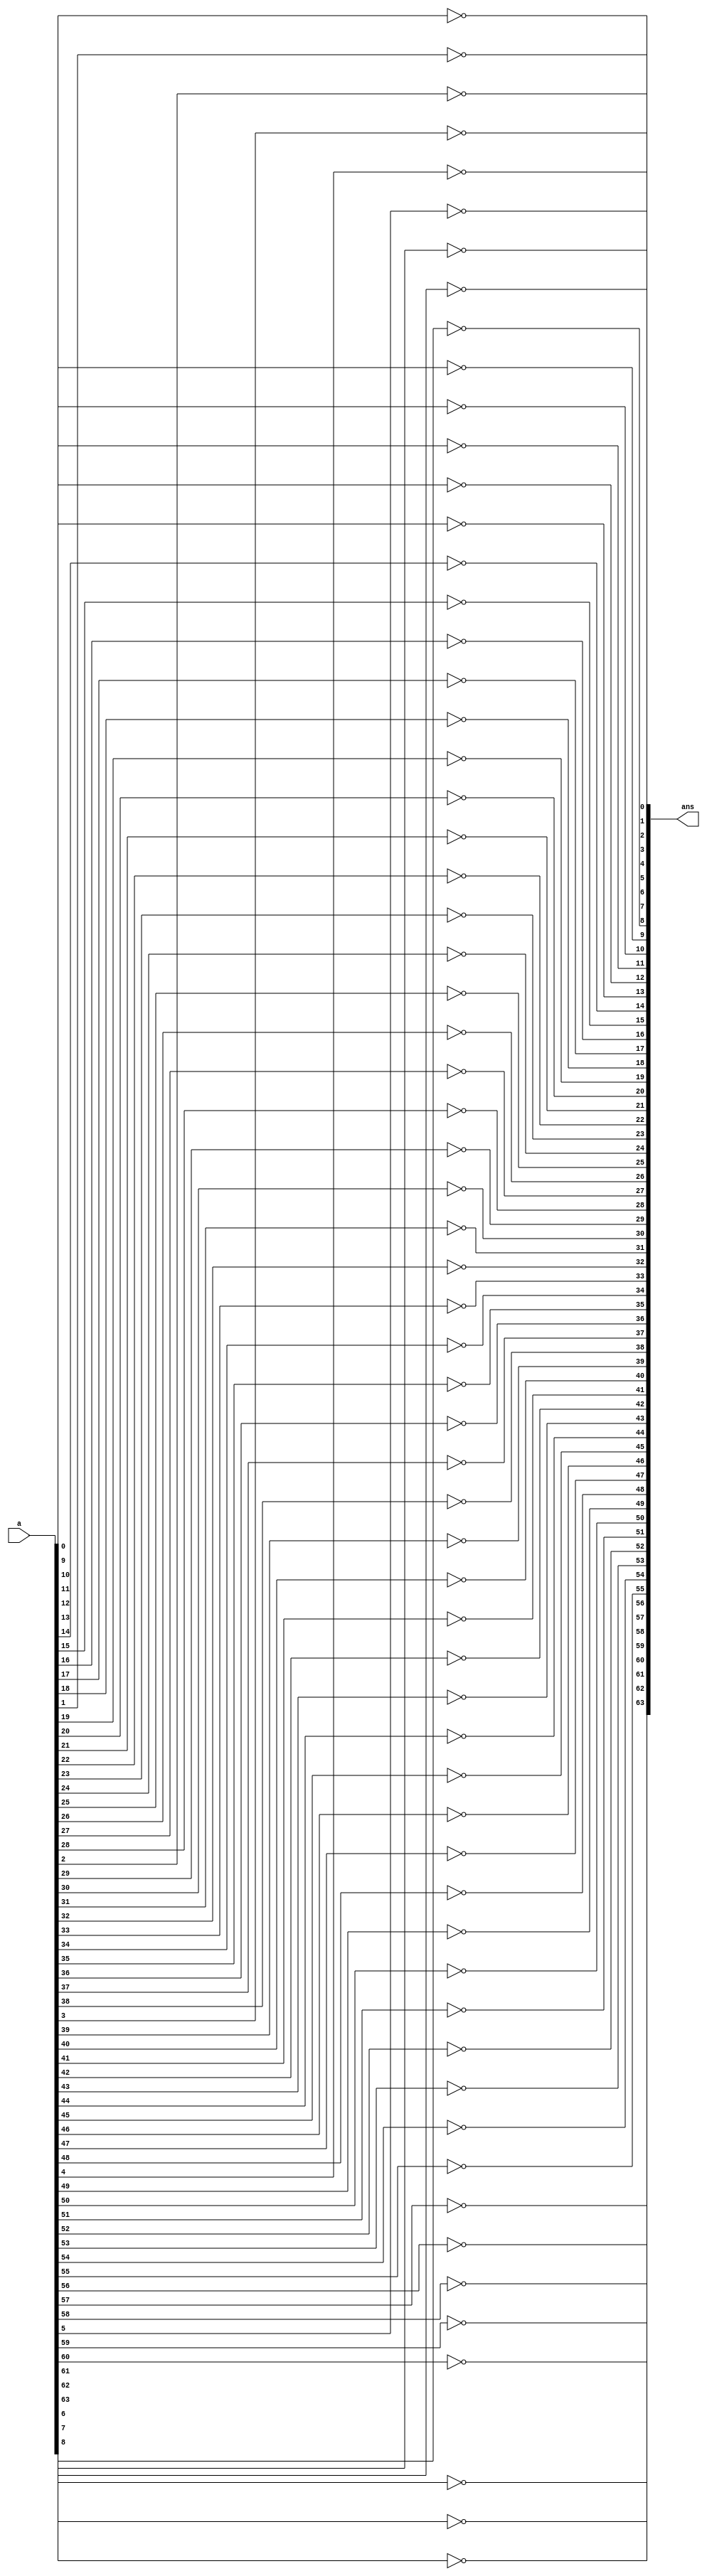
`timescale 10ns/1ns
module not64(input signed [63:0]a, output signed [63:0] ans);
    genvar i;
    for(i = 0; i < 64; i=i+1)
    begin
        not G1 (ans[i], a[i]);
    end
endmodule